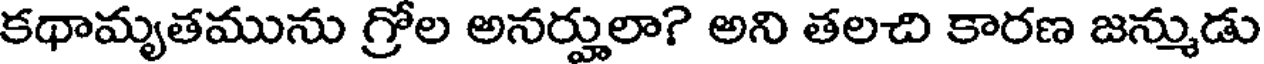
కథామృతమును గ్రోల అనర్హులా? అని తలచి కారణ జన్ముడు